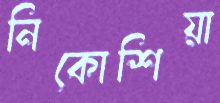
নিকোশিয়া